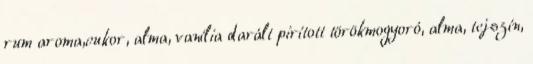
rum aroma,cukor, alma, vanília darált pirított törökmogyoró, alma, tejszín,